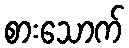
စားသောက်